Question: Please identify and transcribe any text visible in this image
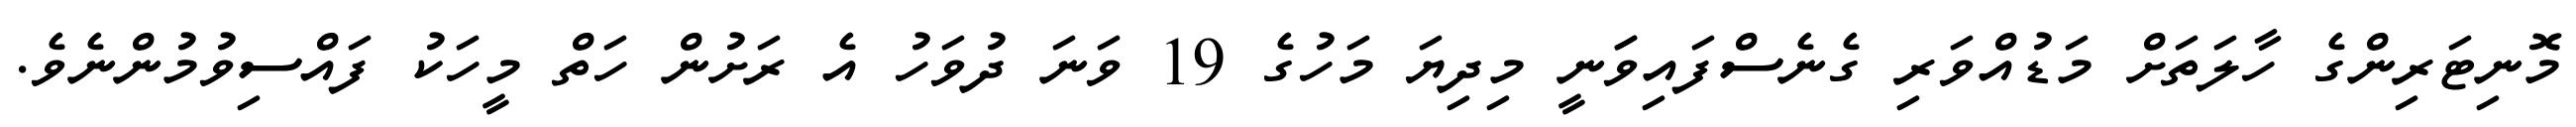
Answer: މޮނިޓަރިންގެ ހާލަތަށް މަޑުއްވަރި ގެނެސްފައިވަަނީ މިދިޔަ މަހުގެ 19 ވަނަ ދުވަހު އެ ރަށުން ހަތް މީހަކު ފައްސިވުމުންނެވެ.